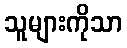
သူများကိုသာ